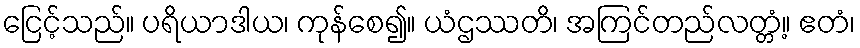
ငြေင့်သည်။ ပရိယာဒါယ၊ ကုန်စေ၍။ ယံဌဿတိ၊ အကြင်တည်လတ္တံ့။ ဧတံ၊